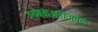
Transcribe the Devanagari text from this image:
त्र्यंबकेश्वराजवळ